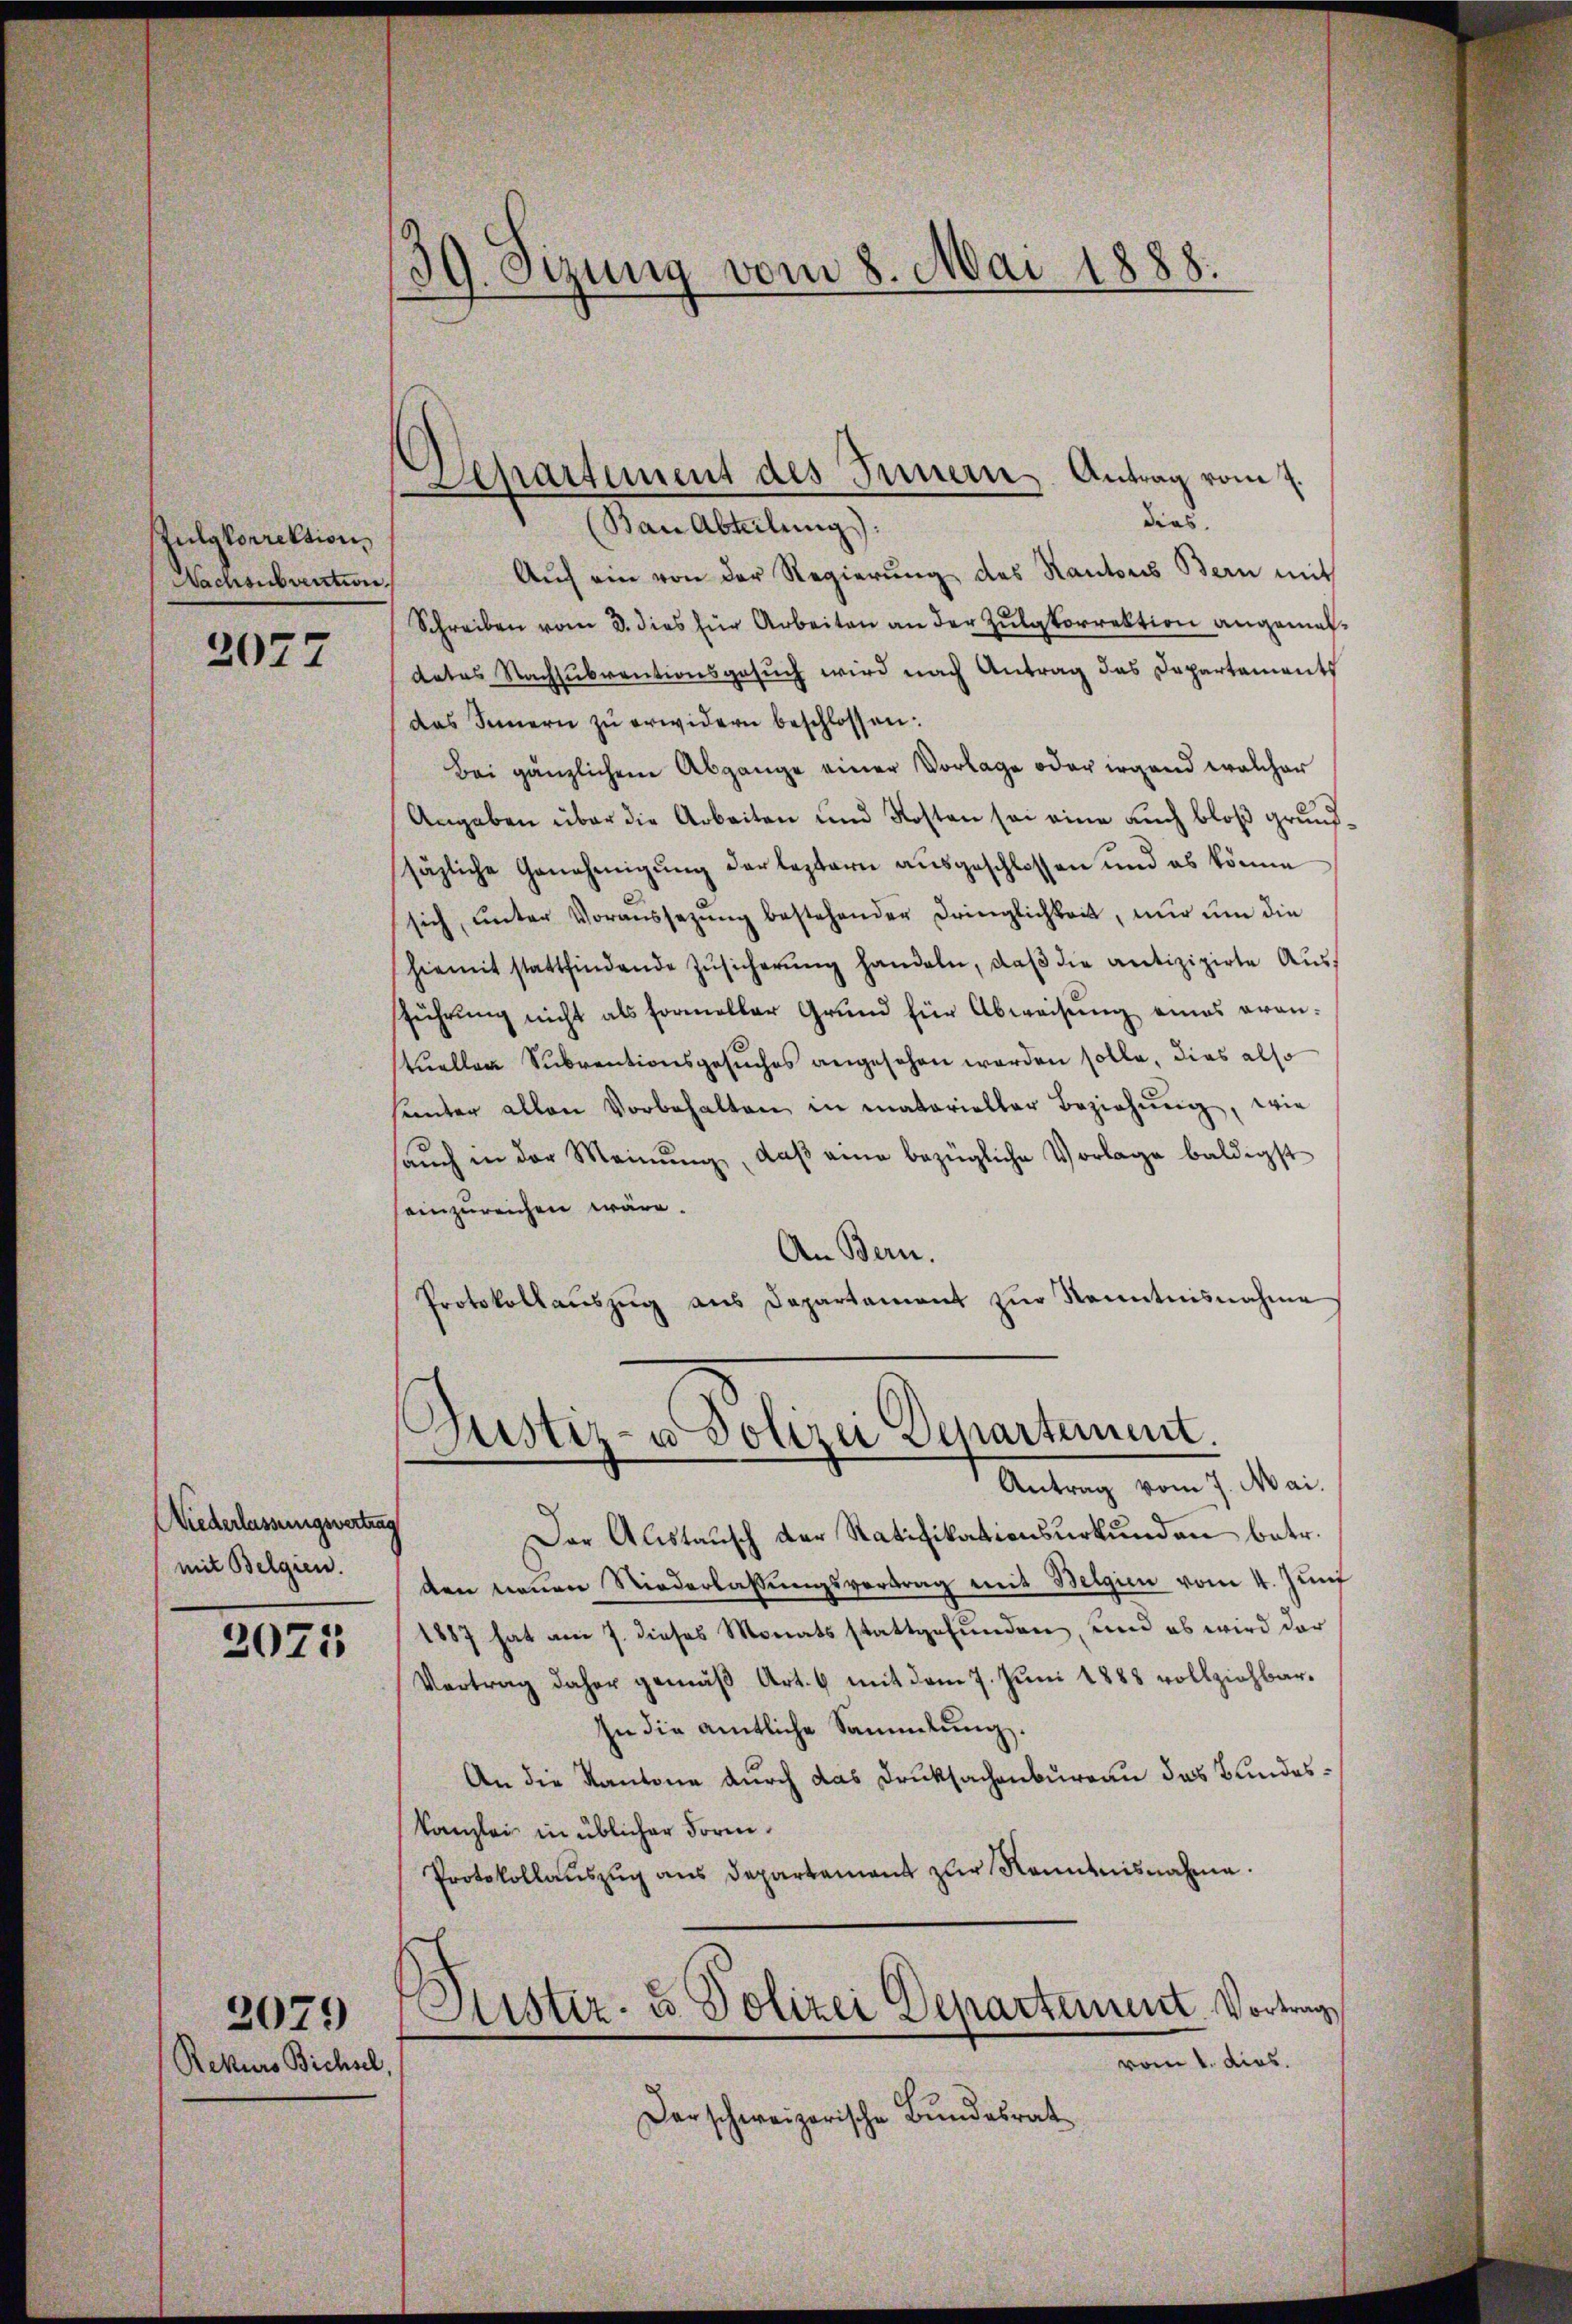
Zulgkorrektion,
Nachsubvention.

2077

Niederlassungsvertrag
mit Belgien.

2075

Rekurs Bichsel,

2079

39. Sizung vom 8. Mai 1888.
.

dias.
Ban Abteilung).
Aŭf ein von der Regierŭng des Kantons Bern mit
Schreiben vom 3. dies für Arbeiten an der Zulgkorrektion angemeldates Nachsubventionsgesuch wird nach Antrag das Departements
das Innern zu erwidern beschlossen:
Bei gänzlichem Abgange einer Vorlage oder irgend welcher
Angaben über die Arbeiten und Kosten sei eine auch bloß grundsäzliche Genehmigung der leztern ausgeschlossen und es könne
sich ŭnter Voraussetzŭng bestehender Dringlichkeit, nŭr ŭm die
hiemit stattfindende Zŭsicherŭng handeln, daß die antizipirte Ausführung nicht als formeller Grund für Abweisung eines erantuellen Subventionsgesŭches angesehen worden solle, dies also
sunter allen Vorbehalten in matarieller Beziehŭng, wie
aŭch in der Meinŭng, daß eine bezügliche Vorlage baldigst
einzureichen wäre.
An Bern.
Protokollaŭszŭg ans Departament zŭr Kenntnisnahme

Aepartement des Innern Antrag vom 1.

Justiz- u Polizei Departement.
e
Antrag vom 7. Mai.

Der Austausch der Ratifikationsurkunden betr.
den neuen Niederlassŭngsvertrag mit Belgien vom 4. Jun
1887 hat am 7. dieses Monatsstattgefŭnden, und es wird der
Vertrag daher gemäβ Art. 6 mit dem 7. Juni 1888 vollziehbar¬
In die amtliche Sammlung.
An die Kantone durch das Druksachenbureau das Bundes¬
Kanzlei in üblicher Form.
Protokollauszug aus Departement zur Kenntnisnahme.
Fister- u. Polizei Departement Vortrag
vom 1. dies.
darschweizerische Bundesrat